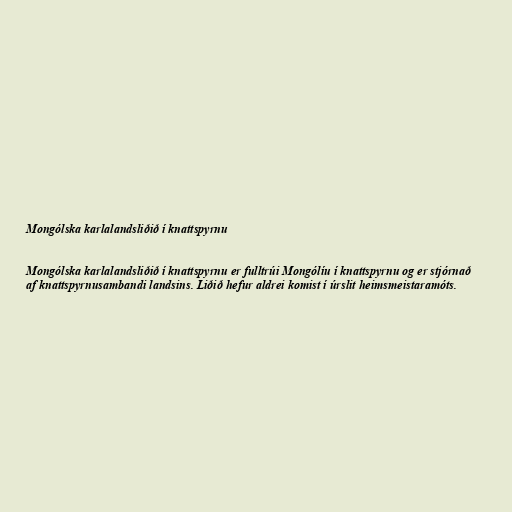
Mongólska karlalandsliðið í knattspyrnu

Mongólska karlalandsliðið í knattspyrnu er fulltrúi Mongólíu í knattspyrnu og er stjórnað
af knattspyrnusambandi landsins. Liðið hefur aldrei komist í úrslit heimsmeistaramóts.